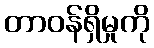
တာဝန်ရှိမှုကို